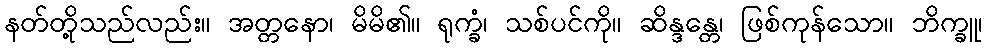
နတ်တို့သည်လည်း။ အတ္တနော၊ မိမိ၏။ ရုက္ခံ၊ သစ်ပင်ကို။ ဆိန္ဒန္တေ၊ ဖြစ်ကုန်သော။ ဘိက္ခူ၊